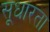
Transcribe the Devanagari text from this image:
सूधारता